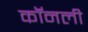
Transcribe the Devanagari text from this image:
कॉनली